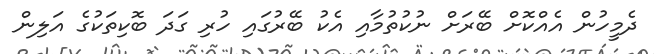
ދެމީހުން އެއްކޮށް ބޭރަށް ނުކުތުމާއި އެކު ބޭރުގައި ހުރި ގަދަ ބޮކިތަކުގެ އަލިން